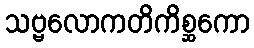
သဗ္ဗလောကတိကိစ္ဆကော